Report on vaccination in Madras 1895-1903 - 1895-1903
Year: 1895
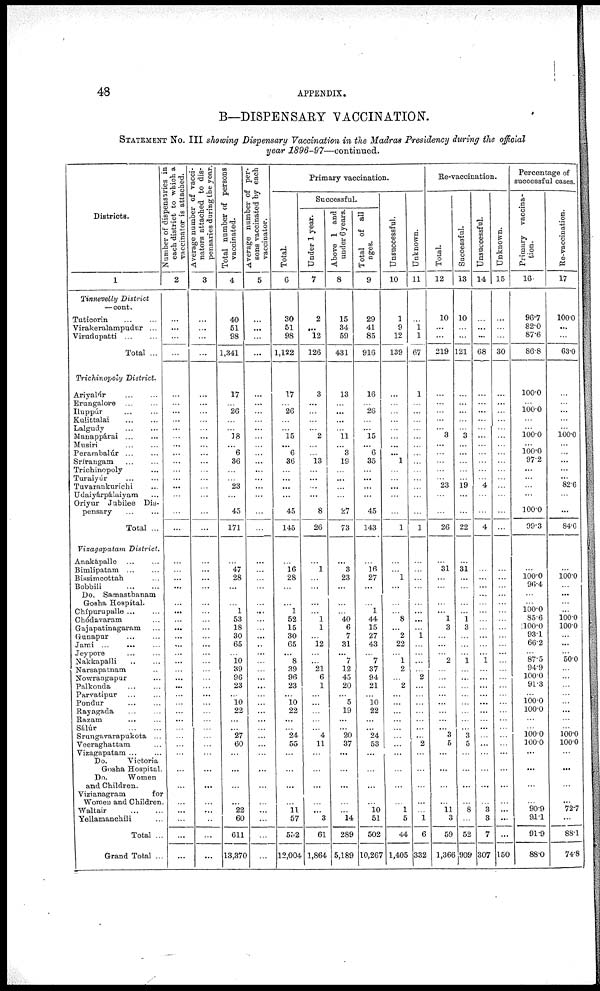
48
APPENDIX.
B—DISPENSARY VACCINATION.
STATEMEMT No. III showing Dispensary Vaccination in the Madras Presidency during the official
year 1896-97—continued.
Districts.
1
Tinnevelly District
—cont.
Tuticorin
...
...
Virakeralampudur ...
Virudupatti
...
...
Total ...
Trichinopoly District.
Ariyalúr ... ...
Erungalore
...
...
Iluppúr ... ...
Kalittalai
...
...
Lalgudy ... ...
Manappárai
...
...
Musiri ... ...
Perambalúr ... ...
Srírangam ... ...
Trichinopoly ...
Turaiyúr ... ...
Tuvarankurichi ...
Udaiyárpálaiyam ...
Oriyur Jubilee Dis¬
pensary ... ...
Total ...
Vizagapatam District.
Anakapalle ... ...
Bimlipatam ...
Bissimcottah ...
Bobbili
...
...
Do. Samasthanam
Gosha Hospital.
Chípurupalle ... ...
Chódavaram ...
Gajapatinagaram ...
Gunapur ... ...
Jami ...
... ...
Jeypore ... ...
Nakkapalli
...
...
Narsapatnam ...
Nowrangapur ...
Palkonda ... ...
Parvatipur
...
...
Pondur
...
...
Rayagada
...
...
Razam
... ...
Sálúr
...
...
Srungavarapukota ...
Veeraghattam ...
Vizagapatam ... ...
Do.
Victoria
Gosha Hospital.
Do.
Women
and Children.
Vizi anagram
for
Women and Children.
Waltair
...
...
Yellamanchili ...
Total ...
Grand Total ...
Number of dispensaries in
each district to which a
vaccinator is attached.
2
...
...
...
...
...
...
...
...
...
...
...
...
...
...
...
...
...
...
...
...
...
...
...
...
...
...
...
...
...
...
...
...
...
...
...
...
...
...
...
...
...
...
...
...
...
...
...
...
...
...
Average number of vacci¬
nators attached to dis¬
during the year.
3
...
...
...
...
...
...
...
...
...
...
...
...
...
...
...
...
...
...
...
...
...
...
...
...
...
...
...
...
...
...
...
...
...
...
...
...
...
...
...
...
...
...
...
...
...
...
...
...
...
...
Total number of persons
vaccinated.
4
40
51
98
1,341
17
...
26
...
...
18
...
6
36
...
...
23
...
45
171
...
47
28
...
...
...
1
53
18
30
65
...
10
39
96
23
...
10
22
...
...
27
60
...
...
...
...
22
60
611
13,370
Average number of per-
sons vaccinated by each
vaccinator.
5
...
...
...
...
...
...
...
...
...
...
...
...
...
...
...
...
...
...
...
...
...
...
...
...
...
...
...
...
...
...
...
...
...
...
...
...
...
...
...
...
...
...
...
...
...
...
...
...
...
...
Primary vaccination.
Total.
6
30
51
98
1,122
17
...
26
...
...
15
...
6
36
...
...
...
...
45
145
...
16
28
...
...
...
1
52
15
30
65
...
8
39
96
23
...
10
22
...
...
24
55
...
...
...
...
11 57
552
12,004
Successful.
Under 1 year.
7
2
...
12
126
3
...
...
...
...
2
...
...
13
...
...
...
...
8
26
...
1
...
...
...
...
...
1
1
...
12
...
...
21
6
1
...
...
...
...
...
4
11
...
...
...
...
...
3
61
1,864
Above 1 and
under 6 years.
8
15
34
59
431
13
...
...
...
...
11
...
3
19
...
...
...
...
27
73
...
3
23
...
...
...
...
40
6
7
31
...
7
12
45
20
...
5
19
...
...
20
37
...
...
...
...
...
14
289
5,189
Total of all
ages.
9
29
41
85
916
16
...
26
...
...
15
...
6
35
...
...
...
...
45
143
...
16
27
...
...
...
1
44
15
27
43
...
7
37
94
21
...
10
22
...
...
24
53
...
...
...
...
10
51
502
10,267
Unsuccessful.
10
1
9
12
139
...
...
...
...
...
...
...
...
1
...
...
...
...
...
1
...
...
1
...
...
...
...
8
...
2
22
...
1
2
...
2
...
...
...
...
...
...
...
...
...
...
...
1
5
44
1,405
Unknown.
11
...
1 1
67
1
...
...
...
...
...
...
...
...
...
...
...
...
...
1
...
...
...
...
...
...
...
...
...
1
...
...
...
...
2
...
...
...
...
...
...
...
2
...
...
...
...
...
1
6
332
Re-vaccination.
Total.
12
10
...
...
219
...
...
...
...
... 3
...
...
...
...
...
23
...
...
26
...
31
...
...
...
...
...
1
3
...
...
...
2
...
...
...
...
...
...
...
...
3
5
...
...
...
...
11
3
59
1,366
Successful.
13
10
...
...
121
...
...
...
...
...
3
...
...
...
...
...
19
...
...
22
...
31
...
...
...
...
...
1
3
...
...
...
1
...
...
...
...
...
...
...
...
3
5
...
...
...
...
8
...
52
909
Unsuccessful.
14
...
...
...
68
...
...
...
...
...
...
...
...
...
...
...
4
...
4
...
...
...
...
...
...
...
...
...
...
...
...
1
...
...
...
...
...
...
...
...
...
...
...
...
...
...
3
3
7
307
Unknown.
15
...
...
...
30
...
...
...
...
...
...
...
...
...
...
...
...
...
...
...
...
...
...
...
...
...
...
...
...
...
...
...
...
...
...
...
...
...
...
...
...
...
...
...
...
...
...
...
...
...
150
Percentage of
successful cases
Primary vaccina-
tion.
16
96.7
82.0
87.6
86.8
100.0
...
100.0
...
... 100.0
...
100.0
97.2
...
...
...
...
100.0
99.3
...
...
100.0
96.4
...
...
100.0
85.6
100.0
93.1
66.2
...
87.5
94.9
100.0
91.3
...
100.0
100.0
...
...
100.0
100.0
...
...
...
...
90.9
91.1
91.9
88.0
Re-vaccination.
17
100.0
...
...
63.0
...
...
...
...
... 100.0
...
...
...
...
...
82.6
...
...
84.6
...
...
100.0
...
...
...
...
100.0
100.0
...
...
...
50.0
...
...
...
...
...
...
...
...
100.0
100.0
...
...
...
...
72.7
...
88.1
74.8